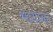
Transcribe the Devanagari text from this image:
भायाळा